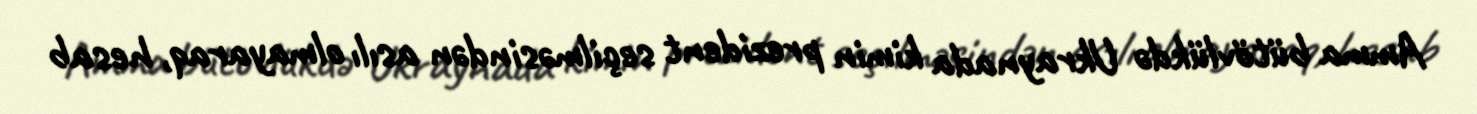
Amma bütövlükdə Ukraynada kimin prezident seçilməsindən asılı olmayaraq, hesab